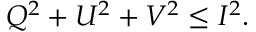
Q ^ { 2 } + U ^ { 2 } + V ^ { 2 } \leq I ^ { 2 } .